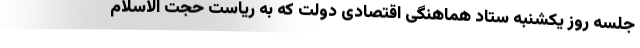
جلسه روز یکشنبه ستاد هماهنگی اقتصادی دولت که به ریاست حجت الاسلام